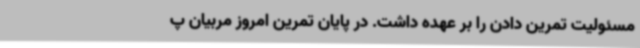
مسئولیت تمرین دادن را بر عهده داشت. در پایان تمرین امروز مربیان پ